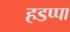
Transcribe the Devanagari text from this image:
हडप्‍पा